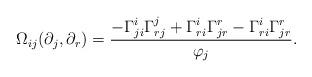
LaTeX: \begin{align*} \Omega_{ij}(\partial_j,\partial_r)=\frac{-\Gamma_{ji}^i\Gamma_{rj}^j+\Gamma_{ri}^i\Gamma_{jr}^r-\Gamma_{ri}^i\Gamma_{jr}^r}{\varphi_j}. \end{align*}